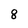
Character: 8